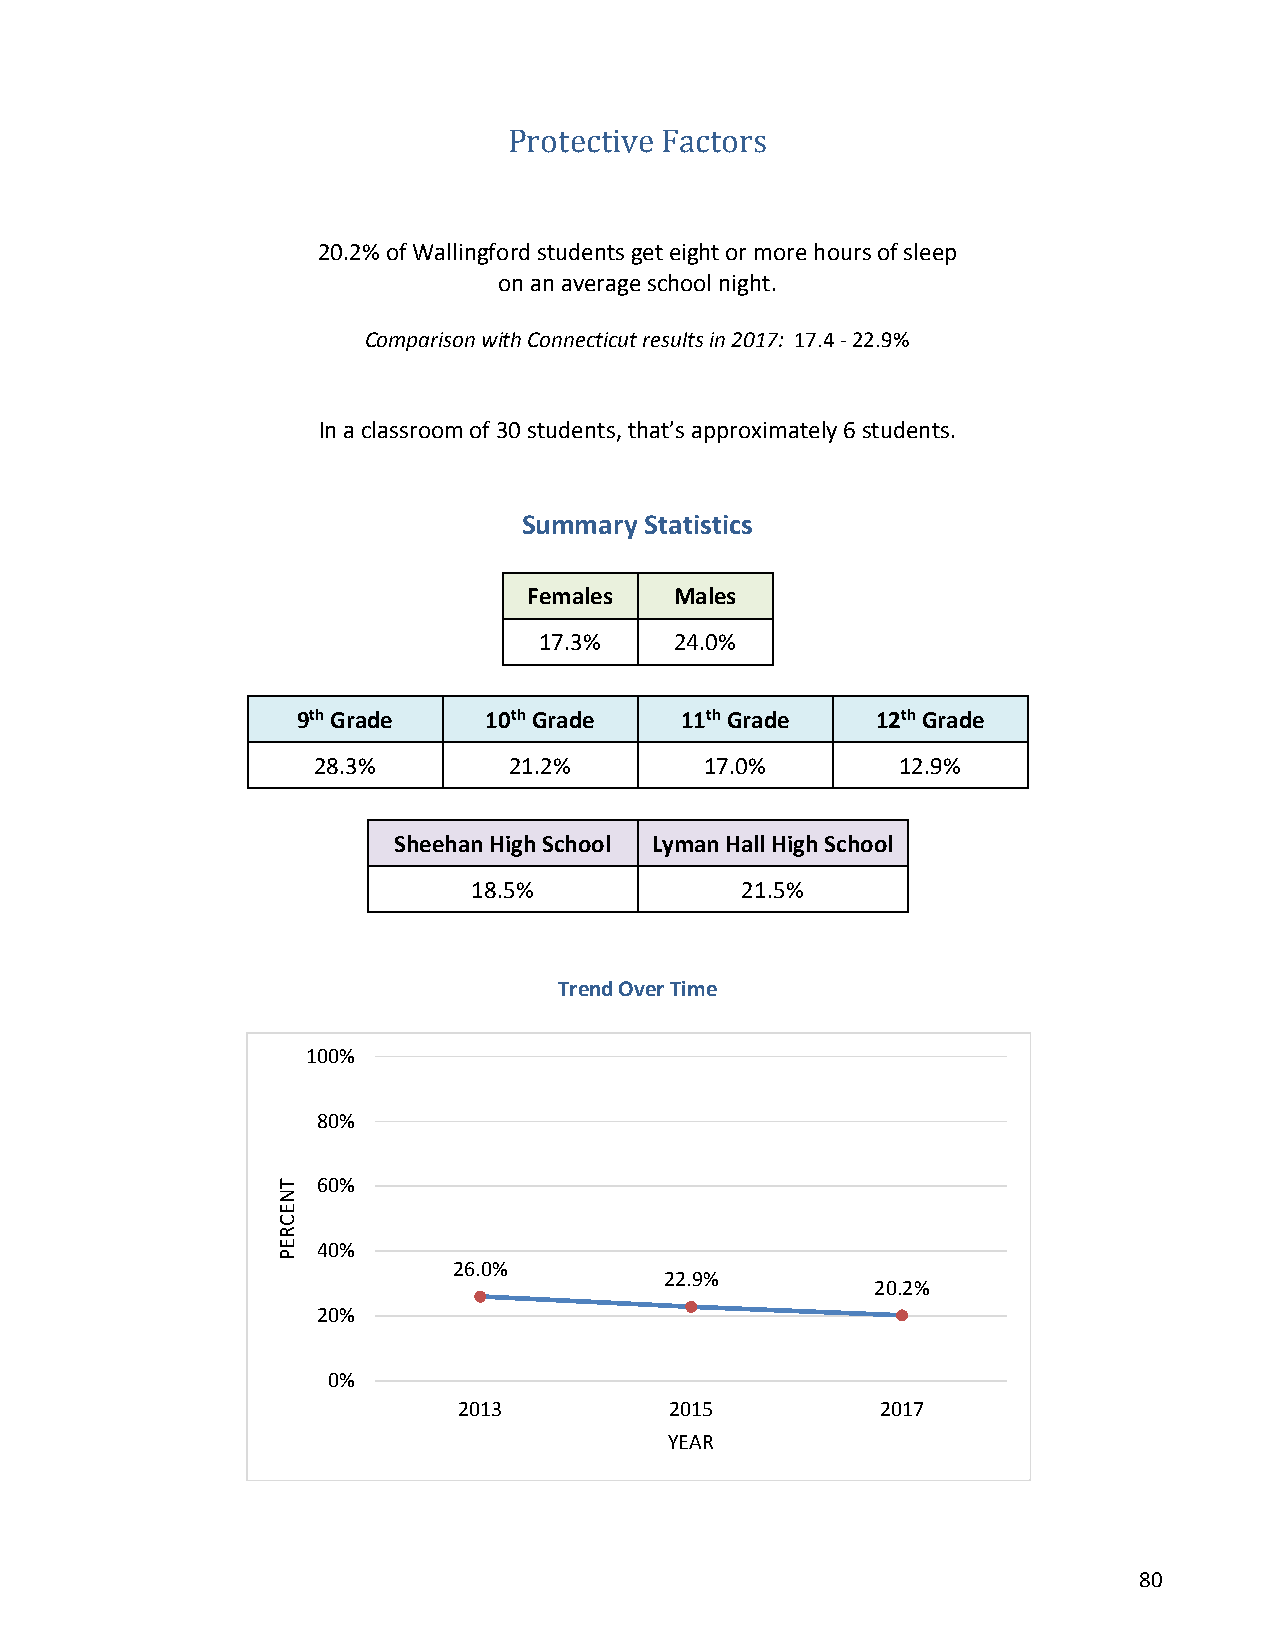
Protective Factors
 20.2% of Wallingford students get eight or more hours of sleep
 on an average school night.
 Comparison with Connecticut results in 2017: 17.4 - 22.9%
 In a classroom of 30 students, that’s approximately 6 students.
 Summary Statistics
 Females   Males
 17.3%    24.0%
 9th Grade   10th Grade   11th Grade   12th Grade
 28.3%        21.2%        17.0%        12.9%
 Sheehan High School Lyman Hall High School
 18.5%             21.5%
 Trend Over Time
 100%
 80%
 60%
 40%
 26.0%
 22.9%
 20.2%
 20%
 0%
 2013          2015          2017
 YEAR
 80
 TNECREP